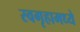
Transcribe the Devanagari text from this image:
स्वगृहामध्ये